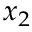
x _ { 2 }